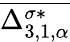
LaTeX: \overline{{\Delta_{3,1,\alpha}^{\sigma*}}}